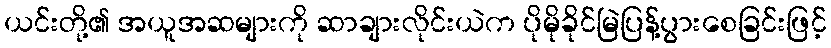
ယင်းတို့၏ အယူအဆများကို ဆာချားလိုင်းယဲက ပိုမိုခိုင်မြဲပြန့်ပွားစေခြင်းဖြင့်